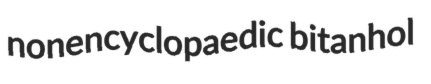
nonencyclopaedic bitanhol